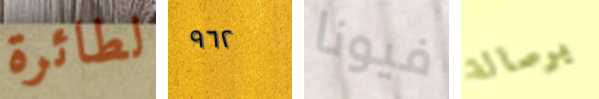
لطائرة ٩٦٢ فيونا برسالة